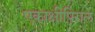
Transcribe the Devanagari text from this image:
एकाक्षीपिंगल